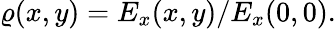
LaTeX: \begin{array}{r}{\varrho(x,y)=E_{x}(x,y)/E_{x}(0,0).}\end{array}